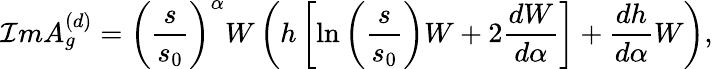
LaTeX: {\cal I}mA_{g}^{(d)}=\left(\frac{s}{s_{0}}\right)^{\alpha}W\left(h\left[\ln\left(\frac{s}{s_{0}}\right)W+2\frac{dW}{d\alpha}\right]+\frac{dh}{d\alpha}W\right),